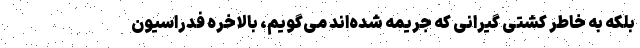
بلکه به خاطر کشتی گیرانی که جریمه شده‌اند می‌گویم، بالاخره فدراسیون